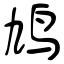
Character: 鸠